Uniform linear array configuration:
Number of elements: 16
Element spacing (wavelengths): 0.5
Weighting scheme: hann
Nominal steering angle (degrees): -30
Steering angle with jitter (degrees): -29.077
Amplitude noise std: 0.05
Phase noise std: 0.05

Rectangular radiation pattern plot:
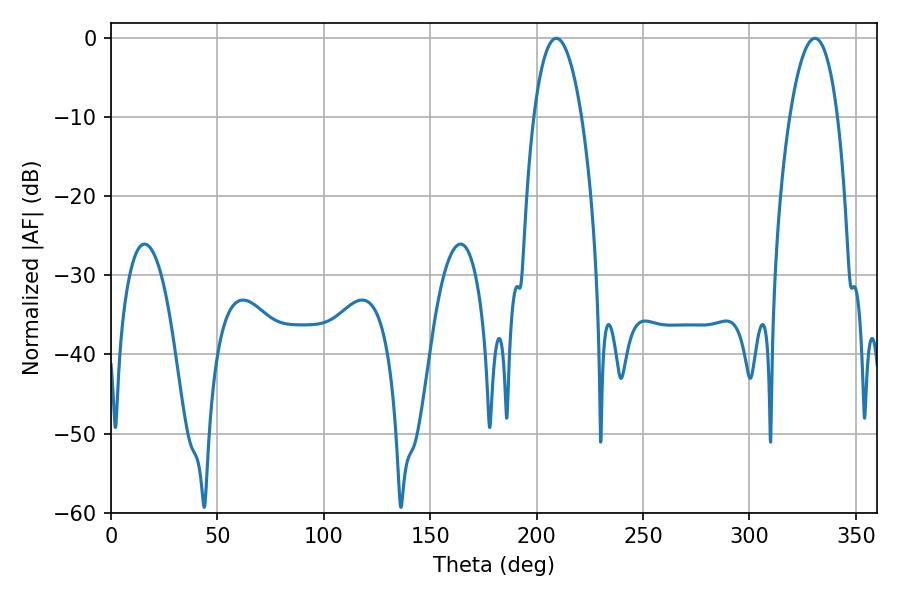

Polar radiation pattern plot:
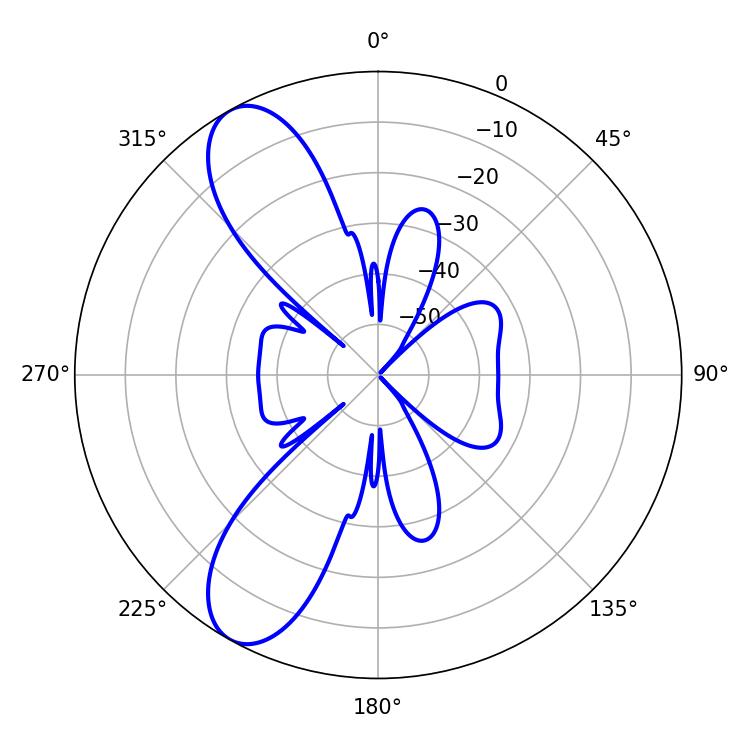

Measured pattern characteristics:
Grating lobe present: FALSE
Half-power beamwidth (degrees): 12.42
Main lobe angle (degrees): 209.16